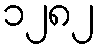
၁၂၈၂